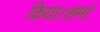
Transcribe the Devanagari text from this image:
किया।शर्मा